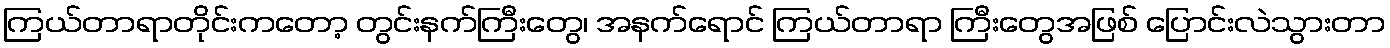
ကြယ်တာရာတိုင်းကတော့ တွင်းနက်ကြီးတွေ၊ အနက်ရောင် ကြယ်တာရာ ကြီးတွေအဖြစ် ပြောင်းလဲသွားတာ